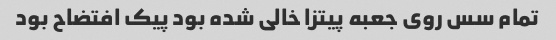
تمام سس روی جعبه پیتزا خالی شده بود پیک افتضاح بود